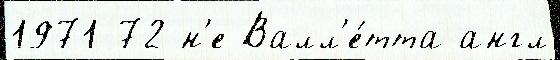
1971-72 н'е Валл'е́тта англ